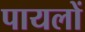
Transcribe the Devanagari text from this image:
पायलों